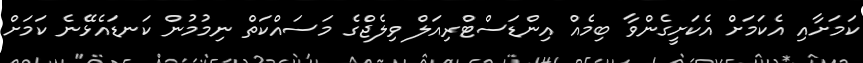
ކަމަށާއި އެކަމަށް އެކަށީގެންވާ ބިމެއް އިންޑަސްޓްރިއަލް ވިލެޖްގެ މަސައްކަތް ނިމުމުން ކަނޑައެޅޭނެ ކަމަށް